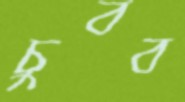
চুবব